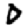
Digit: 0